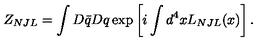
Z _ { N J L } = \int D \bar { q } D q \exp \left[ i \int d ^ { 4 } x L _ { N J L } ( x ) \right] .